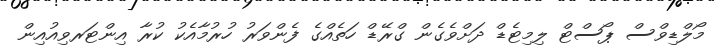
މޯލްޑިވްސް ޕޯސްޓް ލިމިޓެޑް ދަށްވެގެން ގްރޭޑް ހަތެއްގެ ފެންވަރު ހުރުމާއެކު ކުރާ އިންޓަރވިއުއިން